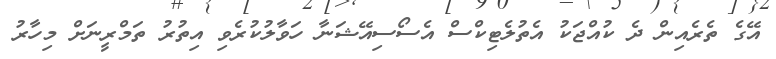
އޭގެ ތެރެއިން ދެ ކުއްޖަކު އެތުލެޓިކްސް އެސޯސިއޭޝަނާ ހަވާލުކުރެވި އިތުރު ތަމްރީނަށް މިހާރު